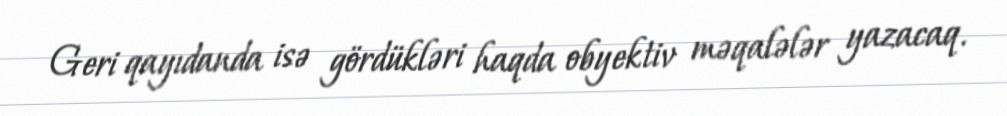
Geri qayıdanda isə gördükləri haqda obyektiv məqalələr yazacaq.